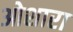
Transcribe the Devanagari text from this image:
ओशारा